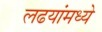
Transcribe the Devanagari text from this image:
लढयांमध्ये